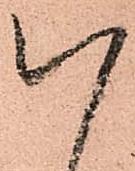
以